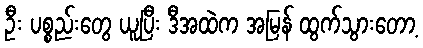
ဦး ပစ္စည်းတွေ ယူပြီး ဒီအထဲက အမြန် ထွက်သွားတော့